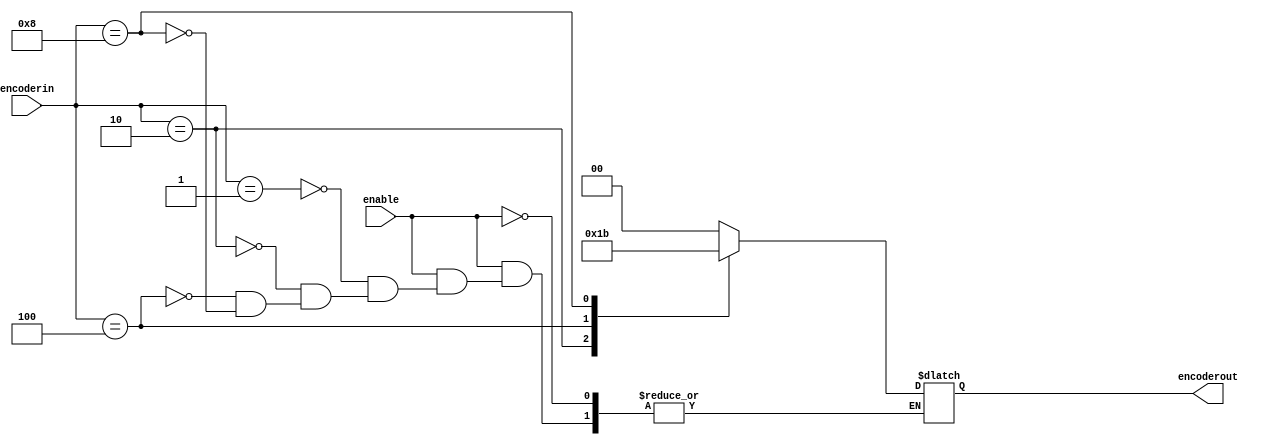
`timescale 1ns / 1ps

module encoder_behavioral(encoderin,encoderout,enable);
input [3:0] encoderin;
input enable;
output  [1:0] encoderout;
reg [1:0] encoderout;

always@(encoderin or enable) 
begin
if(enable)
begin
case(encoderin)

4'b0001:encoderout=2'b00;
4'b0010:encoderout=2'b01;
4'b0100:encoderout=2'b10;
4'b1000:encoderout=2'b11;

endcase
end
end
endmodule